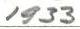
1933